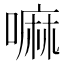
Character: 嘛